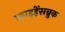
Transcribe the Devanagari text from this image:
फ्राइहेंसब्रुक